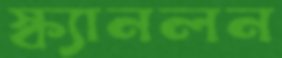
স্ক্যানলন